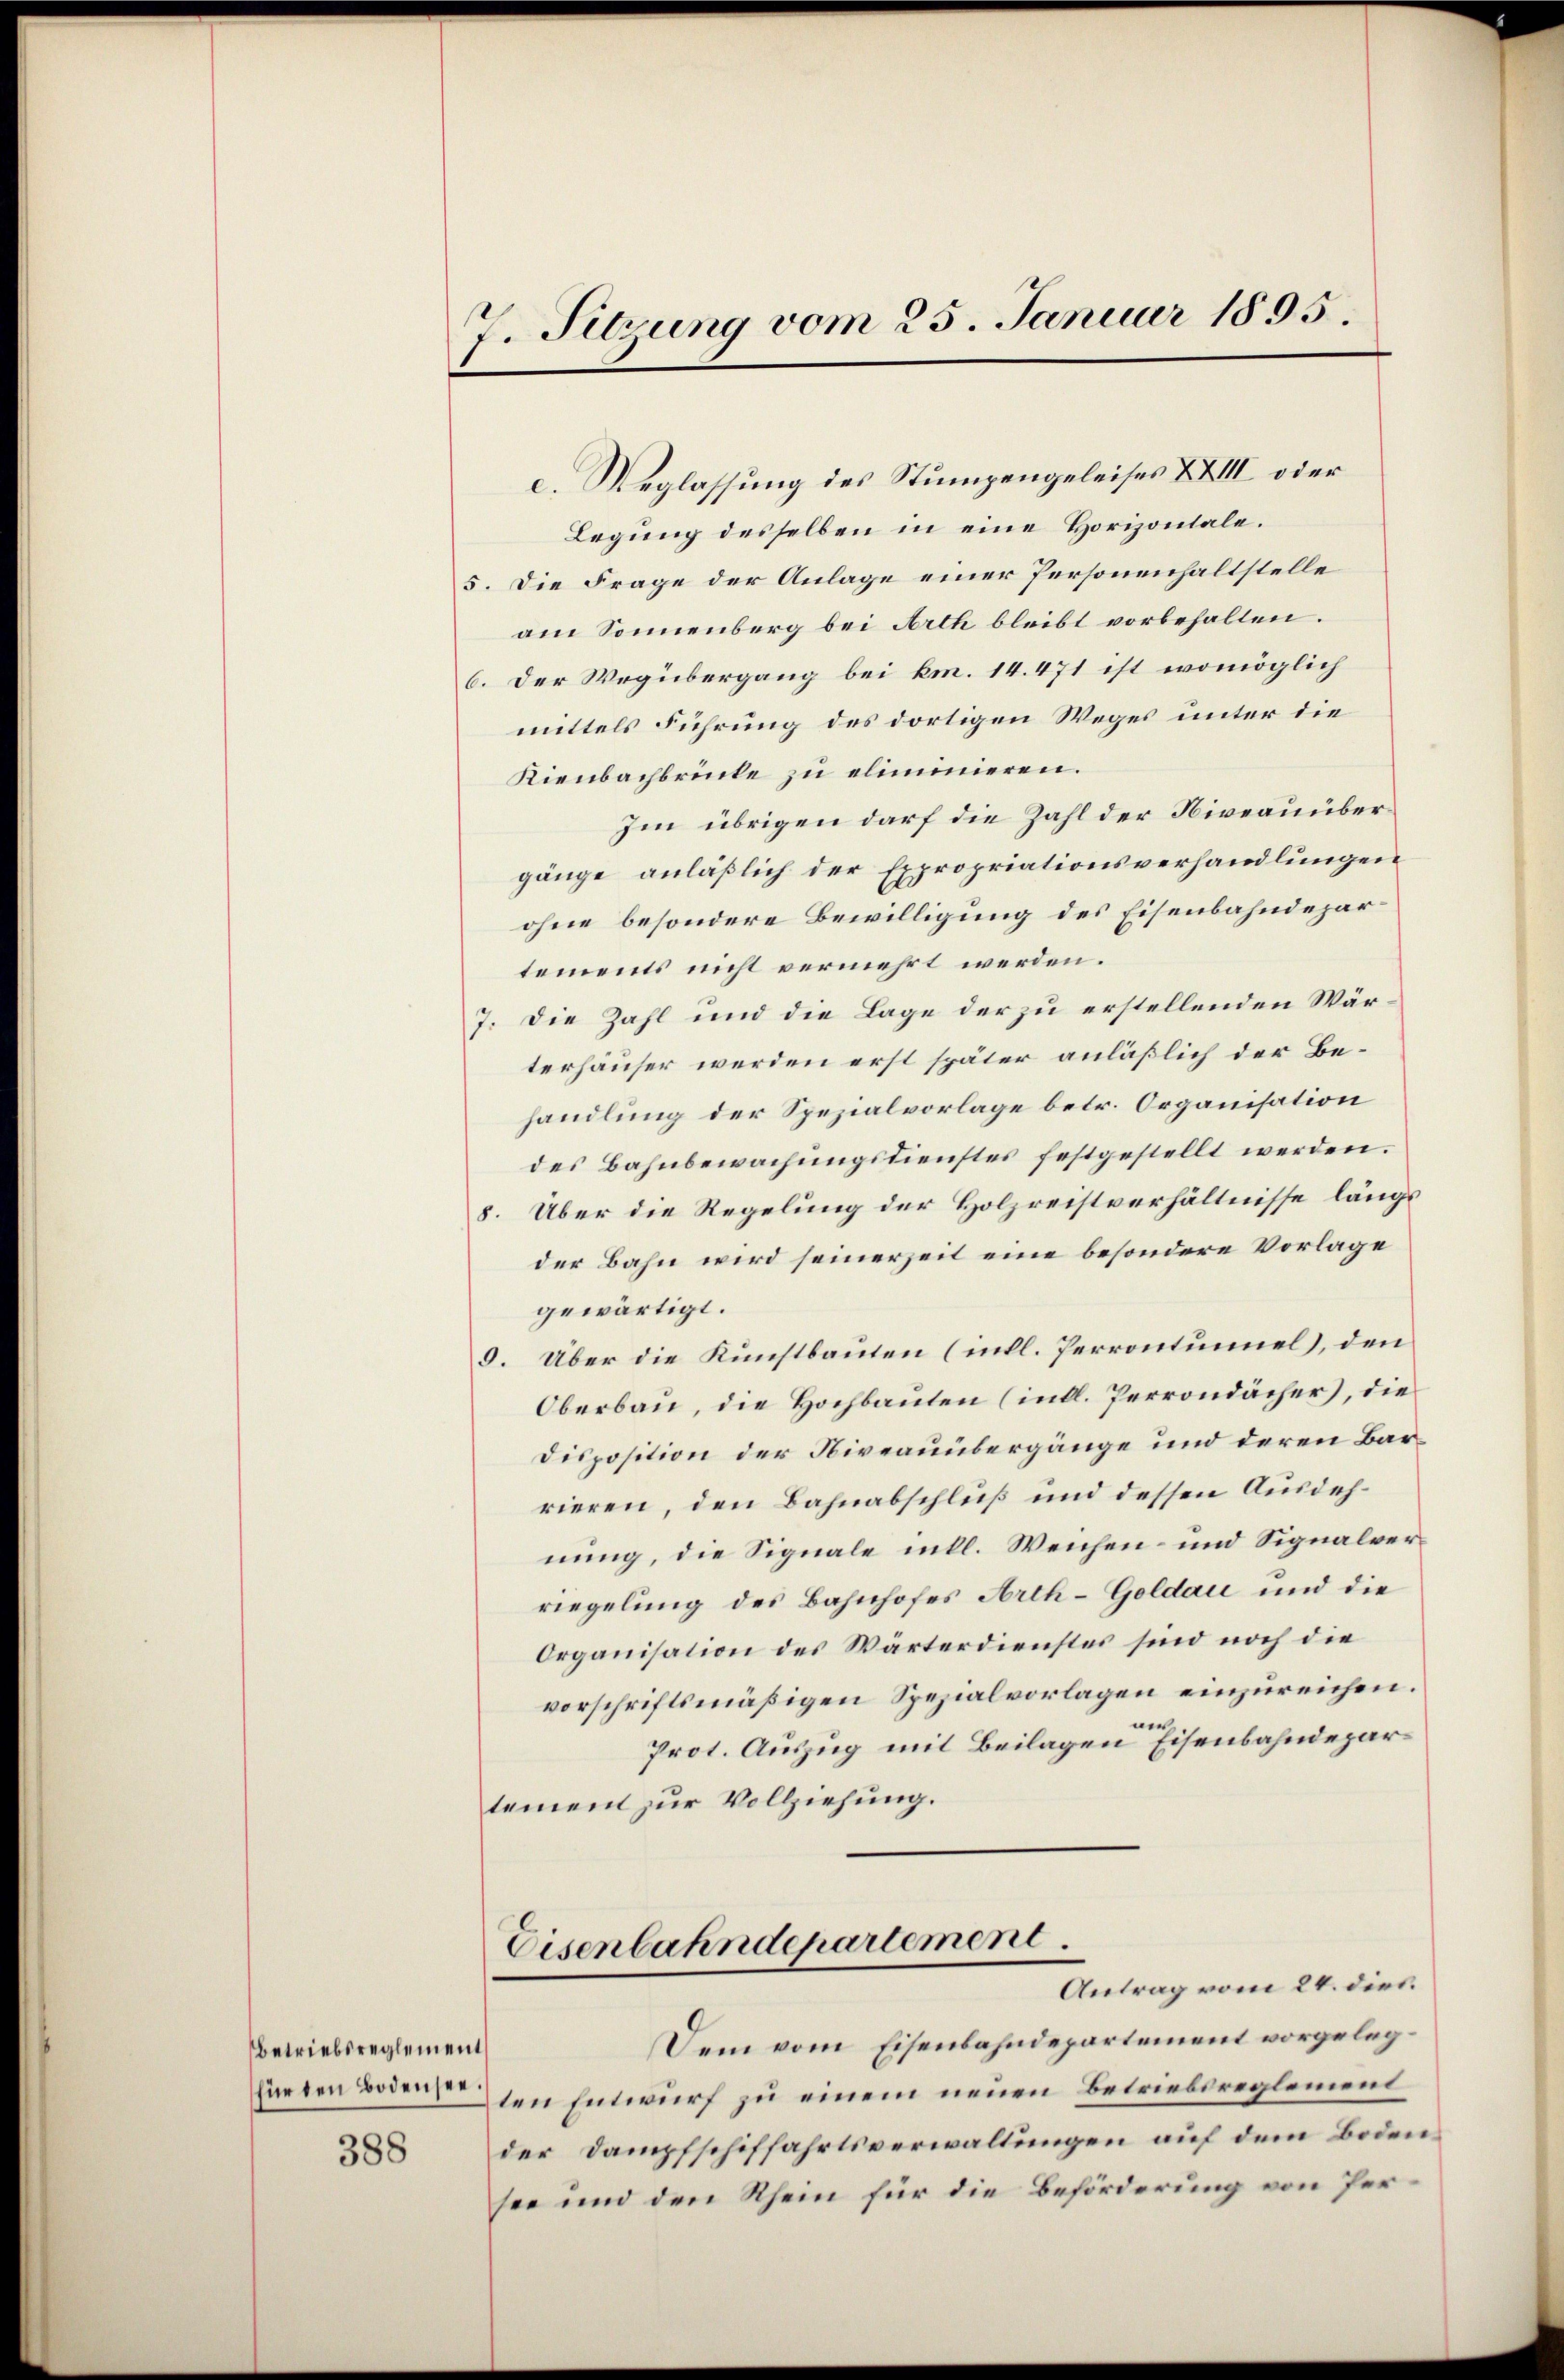
betriebsreglement

388

7. Sitzung vom 25. Januar 1895.

c. Weglassung des Stumpengeleises XXIII oder
Legung desselben in eine Horizontale.
5. Die Frage der Anlage einer Personenhaltstelle
am Sonnenberg bei Arth bleibt vorbehalten.
6. Der Wegübergang bei km. 14. 471 ist womöglich
mittels Führung des dortigen Weges unter die
Kienbachbrücke zu eliminieren.
Im übrigen darf die Zahl der Niveauübergänge anläßlich der Expropriationsverhandlungen
ohne besondere Bewilligung des Eisenbahndepartements nicht vermehrt werden.
7. Die Zahl und die Lage der zu erstellenden Wärterhäuser werden erst später anläßlich der Behandlung der Spezialvorlage betr. Organisation
des Bahnbewachungsdienstes festgestellt werden.
8. Über die Regelung der Holzreistverhältnisse längs
der Bahn wird seinerzeit eine besondere Vorlage
gewärtigt.
9. Über die Kunstbauten (intl. Perrontumel), den
Oberbau, die Hochbauten (indl. Perrondächer), die
Disposition der Niveauübergänge und deren Barrieren, den Bahnabschluß und dessen Ausdehnung, die Signale intl. Weichen- und Signalverriegelung des Bahnhofes Arth-Goldau und die
Organisation des Wärterdienstes sind noch die
vorschriftsmäßigen Spezialvorlagen einzureichen.
Prot. Auszug mit Beilagen Eisenbahndepartement zur Vollziehung.
Eisenbahndepartement.
Antrag vom 24. dies
Dem vom Eisenbahndepartement vorgelegfürten Bodensten Entwurf zu einem neuen Betriebsreglement
der Dampfschiffahrtsverwaltungen auf dem Bodensee und den Rhein für die Beförderung von Per¬